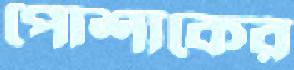
পোশাকের